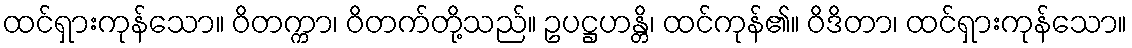
ထင်ရှားကုန်သော။ ဝိတက္ကာ၊ ဝိတက်တို့သည်။ ဥပဋ္ဌဟန္တိ၊ ထင်ကုန်၏။ ဝိဒိတာ၊ ထင်ရှားကုန်သော။